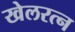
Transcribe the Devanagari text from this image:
खेलरत्‍न